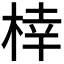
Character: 𪲟